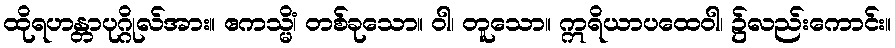
ထိုရဟန္တာပုဂ္ဂိုလ်အား။ ဧကသ္မိံ၊ တစ်ခုသော။ ဝါ၊ တူသော။ ဣရိယာပထေဝါ၊ ၌လည်းကောင်း။